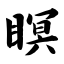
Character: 瞑